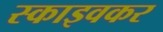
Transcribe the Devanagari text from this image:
स्काइवकर